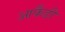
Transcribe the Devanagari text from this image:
आर्कैडी